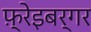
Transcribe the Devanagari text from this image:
फ़्रेइबर्गर